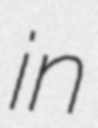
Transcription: in